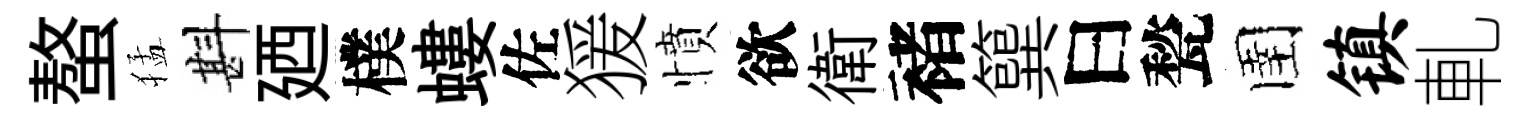
螯猛斟廼樸螻佐猨憤欲衛褚簨曰甃圉镇軋